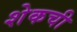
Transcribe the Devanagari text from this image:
शेकची